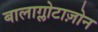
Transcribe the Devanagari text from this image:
बालाग्लोटाज़ोन